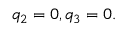
q _ { 2 } = 0 , q _ { 3 } = 0 .